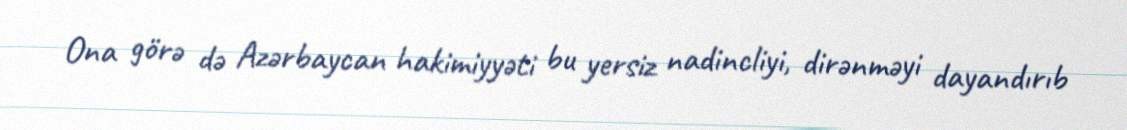
Ona görə də Azərbaycan hakimiyyəti bu yersiz nadincliyi, dirənməyi dayandırıb